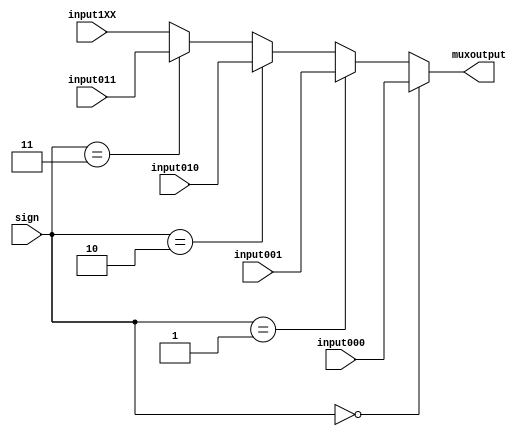
`timescale 1ns / 1ps
//////////////////////////////////////////////////////////////////////////////////
// Company: 
// Engineer: 
// 
// Design Name: 
// Module Name: MUX3b
// Project Name: 
// Target Devices: 
// Tool Versions: 
// Description: 
// 
// Dependencies: 
// 
// Revision:
// Revision 0.01 - File Created
// Additional Comments:
// 
//////////////////////////////////////////////////////////////////////////////////
module MUX3b(
input [31:0] input000,
input [31:0] input001,
input [31:0] input010,
input [31:0] input011,
input [31:0] input1XX,
input [2:0] sign,
output reg [31:0] muxoutput
    );
    
always @ *
begin
    if(sign==3'b000)
        muxoutput <= input000;
    else if(sign==3'b001)
        muxoutput <= input001;
    else if(sign==3'b010)
        muxoutput <= input010;
    else if(sign==3'b011)
        muxoutput <= input011;
    else
        muxoutput <= input1XX;    
end    
    
endmodule